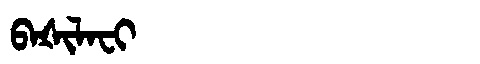
Manchu: ᠪᠠᡧᡳᠯᠠᠸᡳ
Romanization: BAŠILAFI